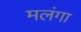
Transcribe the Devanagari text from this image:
मलंगा